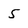
Character: 5